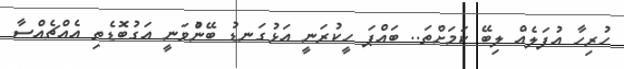
ހުރިހާ އުފަލެއް ލިބޭ ކަމަށްތަ.. ބައްޕަ ހީކުރަނީ އަޅުގަނޑު ބޭނުްވަނީ އަގުބޮޑެތި އެއްޗެއްސާ